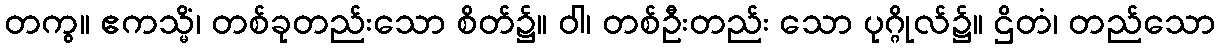
တကွ။ ဧကသ္မိံ၊ တစ်ခုတည်းသော စိတ်၌။ ဝါ၊ တစ်ဦးတည်း သော ပုဂ္ဂိုလ်၌။ ဌိတံ၊ တည်သော